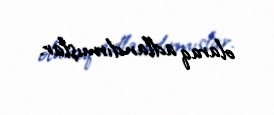
olaraq adlandırmışlar.